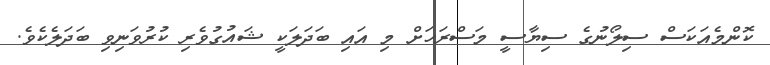
ކޮންމެއަކަސް ސިލޯނުގެ ސިޔާސީ މަސްރަހަށް މި އައި ބަދަލަކީ ޝައުގުވެރި ކުރުވަނިވި ބަދަލެކެވެ.